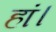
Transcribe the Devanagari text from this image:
हां।